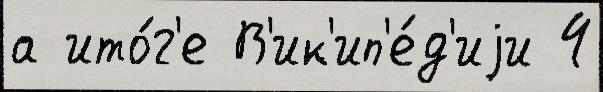
а ито́г'е В'ик'ип'е́д'иjи 4